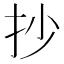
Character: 抄